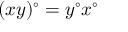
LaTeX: ( x y ) ^ { \circ } = y ^ { \circ } x ^ { \circ }